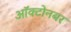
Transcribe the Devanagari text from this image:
ऑक्टोनबर